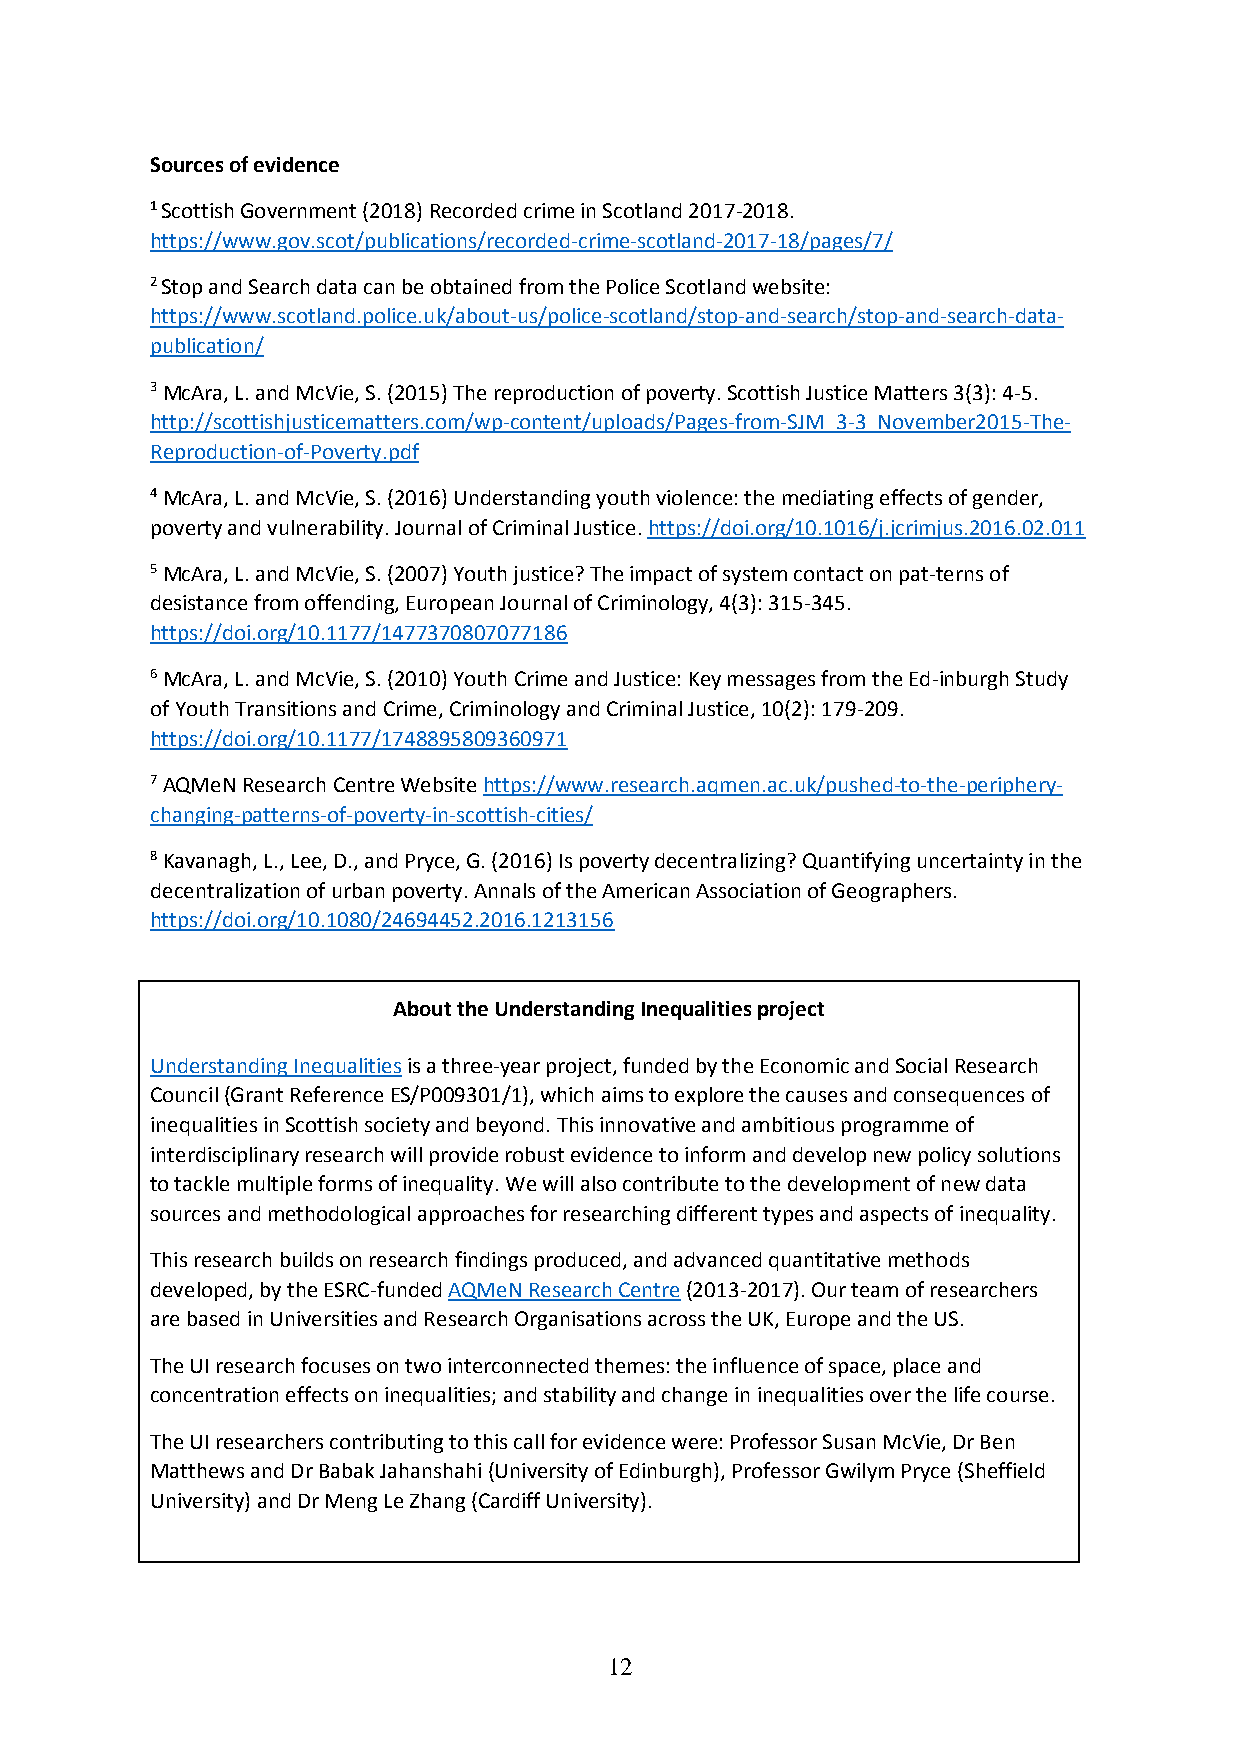
Sources of evidence
 1 Scottish Government (2018) Recorded crime in Scotland 2017-2018.
 https://www.gov.scot/publications/recorded-crime-scotland-2017-18/pages/7/
 2 Stop and Search data can be obtained from the Police Scotland website:
 https://www.scotland.police.uk/about-us/police-scotland/stop-and-search/stop-and-search-data-
 publication/
 3 McAra, L. and McVie, S. (2015) The reproduction of poverty. Scottish Justice Matters 3(3): 4-5.
 http://scottishjusticematters.com/wp-content/uploads/Pages-from-SJM_3-3_November2015-The-
 Reproduction-of-Poverty.pdf
 4 McAra, L. and McVie, S. (2016) Understanding youth violence: the mediating effects of gender,
 poverty and vulnerability. Journal of Criminal Justice. https://doi.org/10.1016/j.jcrimjus.2016.02.011
 5 McAra, L. and McVie, S. (2007) Youth justice? The impact of system contact on pat-terns of
 desistance from offending, European Journal of Criminology, 4(3): 315-345.
 https://doi.org/10.1177/1477370807077186
 6 McAra, L. and McVie, S. (2010) Youth Crime and Justice: Key messages from the Ed-inburgh Study
 of Youth Transitions and Crime, Criminology and Criminal Justice, 10(2): 179-209.
 https://doi.org/10.1177/1748895809360971
 7 AQMeN Research Centre Website https://www.research.aqmen.ac.uk/pushed-to-the-periphery-
 changing-patterns-of-poverty-in-scottish-cities/
 8 Kavanagh, L., Lee, D., and Pryce, G. (2016) Is poverty decentralizing? Quantifying uncertainty in the
 decentralization of urban poverty. Annals of the American Association of Geographers.
 https://doi.org/10.1080/24694452.2016.1213156
 About the Understanding Inequalities project
 Understanding Inequalities is a three-year project, funded by the Economic and Social Research
 Council (Grant Reference ES/P009301/1), which aims to explore the causes and consequences of
 inequalities in Scottish society and beyond. This innovative and ambitious programme of
 interdisciplinary research will provide robust evidence to inform and develop new policy solutions
 to tackle multiple forms of inequality. We will also contribute to the development of new data
 sources and methodological approaches for researching different types and aspects of inequality.
 This research builds on research findings produced, and advanced quantitative methods
 developed, by the ESRC-funded AQMeN Research Centre (2013-2017). Our team of researchers
 are based in Universities and Research Organisations across the UK, Europe and the US.
 The UI research focuses on two interconnected themes: the influence of space, place and
 concentration effects on inequalities; and stability and change in inequalities over the life course.
 The UI researchers contributing to this call for evidence were: Professor Susan McVie, Dr Ben
 Matthews and Dr Babak Jahanshahi (University of Edinburgh), Professor Gwilym Pryce (Sheffield
 University) and Dr Meng Le Zhang (Cardiff University).
 12